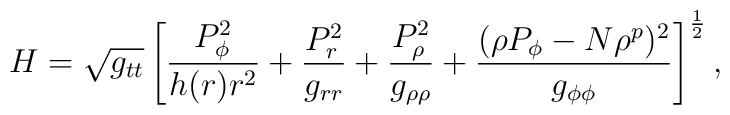
H=\sqrt{g_{tt}}\left[{{P^2_{\phi}}\over{h(r)r^2}}+{{P^2_r}\over{g_{rr}}}+{{P^2_{\rho}}\over{g_{\rho\rho}}}+{{(\rho P_{\phi}-N\rho^p)^2}\over{g_{\phi\phi}}}\right]^{1\over 2},